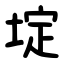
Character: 埞